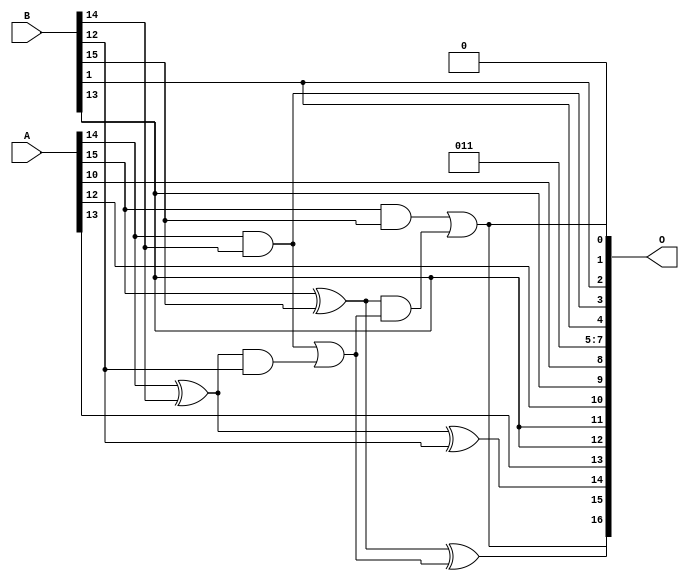
/***
* This code is a part of EvoApproxLib library (ehw.fit.vutbr.cz/approxlib) distributed under The MIT License.
* When used, please cite the following article(s): PRABAKARAN B. S., MRAZEK V., VASICEK Z., SEKANINA L., SHAFIQUE M. ApproxFPGAs: Embracing ASIC-based Approximate Arithmetic Components for FPGA-Based Systems. DAC 2020. 
***/
// MAE% = 4.69 %
// MAE = 6144 
// WCE% = 9.49 %
// WCE = 12444 
// WCRE% = 9500.00 %
// EP% = 100.00 %
// MRE% = 12.64 %
// MSE = 43382.861e3 
// FPGA_POWER = 0.3
// FPGA_DELAY = 6.4
// FPGA_LUT = 2.0


module add16u_0KC(A, B, O);
  input [15:0] A, B;
  output [16:0] O;
  wire sig_99, sig_101, sig_103, sig_104, sig_105, sig_106;
  assign O[13] = A[13];
  assign O[0] = 1'b0;
  assign O[5] = 1'b1;
  assign O[8] = A[10];
  assign O[6] = 1'b1;
  assign O[10] = A[12];
  assign O[9] = B[13];
  assign O[7] = 1'b0;
  assign sig_99 = A[14] ^ B[14];
  assign O[3] = A[14] & B[14];
  assign sig_101 = sig_99 & B[12];
  assign O[14] = sig_99 ^ B[12];
  assign sig_103 = O[3] | sig_101;
  assign sig_104 = A[15] ^ B[15];
  assign sig_105 = A[15] & B[15];
  assign sig_106 = sig_104 & sig_103;
  assign O[15] = sig_104 ^ sig_103;
  assign O[1] = sig_105 | sig_106;
  assign O[2] = B[1];
  assign O[4] = B[1];
  assign O[11] = B[13];
  assign O[12] = B[13];
  assign O[16] = O[1];
endmodule